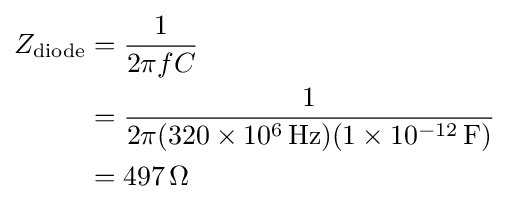
{\begin{aligned}Z_{\mathrm {diode} }&={\frac {1}{2\pi fC}}\\&={\frac {1}{2\pi (320\times 10^{6}\,\mathrm {Hz} )(1\times 10^{-12}\,\mathrm {F} )}}\\&=497\,\Omega \end{aligned}}